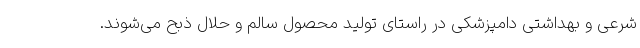
شرعی و بهداشتی دامپزشکی در راستای تولید محصول سالم و حلال ذبح می‌شوند.